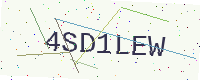
Text: 4SD1LEW